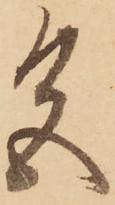
色